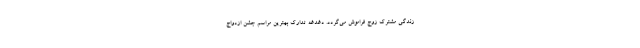
زندگی مشترک زوج فراموش می‌گردد. دغدغه تدارک بهترین مراسم جشن ازدواج